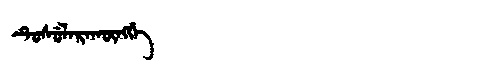
Manchu: ᡨᡠᠰᡠᠯᠠᡵᠠᡴᡡᠩᡤᡝ
Romanization: TUSULARAKŪNGGE